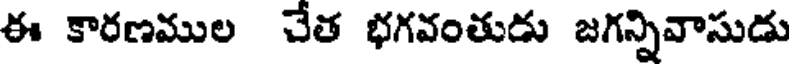
ఈ కారణముల చేత భగవంతుడు జగన్నివాసుడు